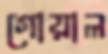
গোয়াল